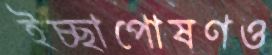
ইচ্ছাপোষণও